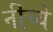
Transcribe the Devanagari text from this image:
नीच्ये